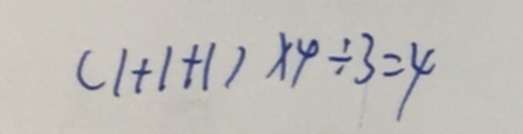
( 1 + 1 + 1 ) \times 4 \div 3 = 4